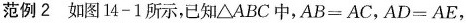
范例2 如图14-1所示，已知\triangle ABC中，$$AB=AC$$，$$AD=AE$$，